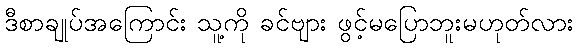
ဒီစာချုပ်အကြောင်း သူ့ကို ခင်ဗျား ဖွင့်မပြောဘူးမဟုတ်လား